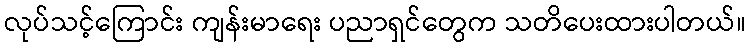
လုပ်သင့်ကြောင်း ကျန်းမာရေး ပညာရှင်တွေက သတိပေးထားပါတယ်။